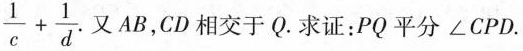
$$\frac{1}{c}+ \frac{1}{d}$$ 又AB，CD相交于Q.求证：PQ平分∠CPD.